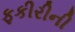
ફકીરીની